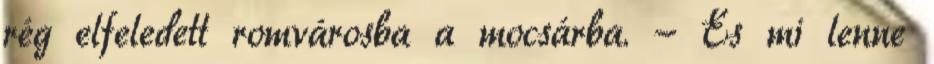
rég elfeledett romvárosba a mocsárba. - És mi lenne